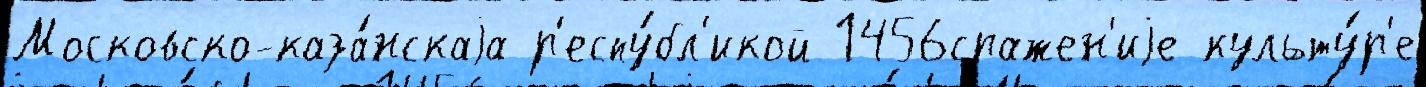
Московско-каза́нскаjа р'еспу́бл'икой 1456сражен'иjе культу́р'е